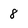
Character: 8